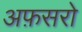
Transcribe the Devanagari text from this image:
अफ़सरो